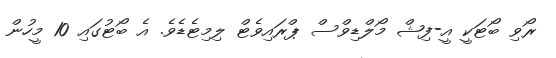
ރޯވި ބޯޓަކީ އީ-ފިޝް މޯލްޑިވްސް ޕްރައިވެޓް ލިމިޓެޑެވެ. އެ ބޯޓުގައި 10 މީހުން